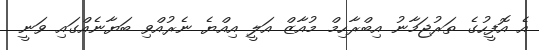
އެ އޮފީހުގެ ތަރުޖަމާނު އިބްރާހިމް މުއާޒް އަލީ އިއްޔެ ނެރުއްވި ބަޔާނެއްގައި ވަނީ